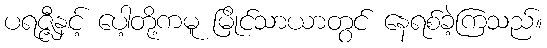
ပရဇ္ဇီနှင့် ပေါ့တို့ကမူ မြိုင်သာယာတွင် နေရစ်ခဲ့ကြသည်။